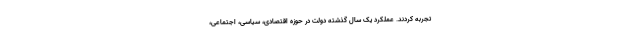
تجربه کردند. عملکرد یک سال گذشته دولت در حوزه اقتصادی، سیاسی، اجتماعی،